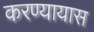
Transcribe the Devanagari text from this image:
करण्यायास